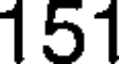
151